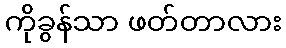
ကိုခွန်သာ ဖတ်တာလား